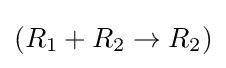
(R_{1}+R_{2}\to R_{2})